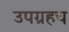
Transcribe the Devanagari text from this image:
उपग्रहच